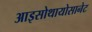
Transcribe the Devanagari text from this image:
आइसोथायोसानेट